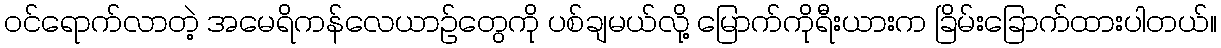
၀င်ရောက်လာတဲ့ အမေရိကန်လေယာဉ်တွေကို ပစ်ချမယ်လို့ မြောက်ကိုရီးယားက ခြိမ်းခြောက်ထားပါတယ်။